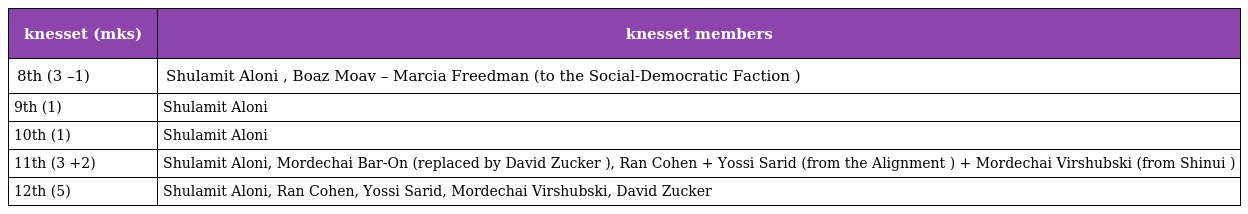
| knesset (mks) | knesset members |
 | --- | --- |
 | 8th (3 –1) | Shulamit Aloni , Boaz Moav – Marcia Freedman (to the Social-Democratic Faction ) |
 | 9th (1) | Shulamit Aloni |
 | 10th (1) | Shulamit Aloni |
 | 11th (3 +2) | Shulamit Aloni, Mordechai Bar-On (replaced by David Zucker ), Ran Cohen + Yossi Sarid (from the Alignment ) + Mordechai Virshubski (from Shinui ) |
 | 12th (5) | Shulamit Aloni, Ran Cohen, Yossi Sarid, Mordechai Virshubski, David Zucker |